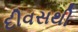
દીવસથી